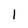
Character: 1